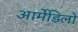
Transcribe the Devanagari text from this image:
आर्मेडिलो